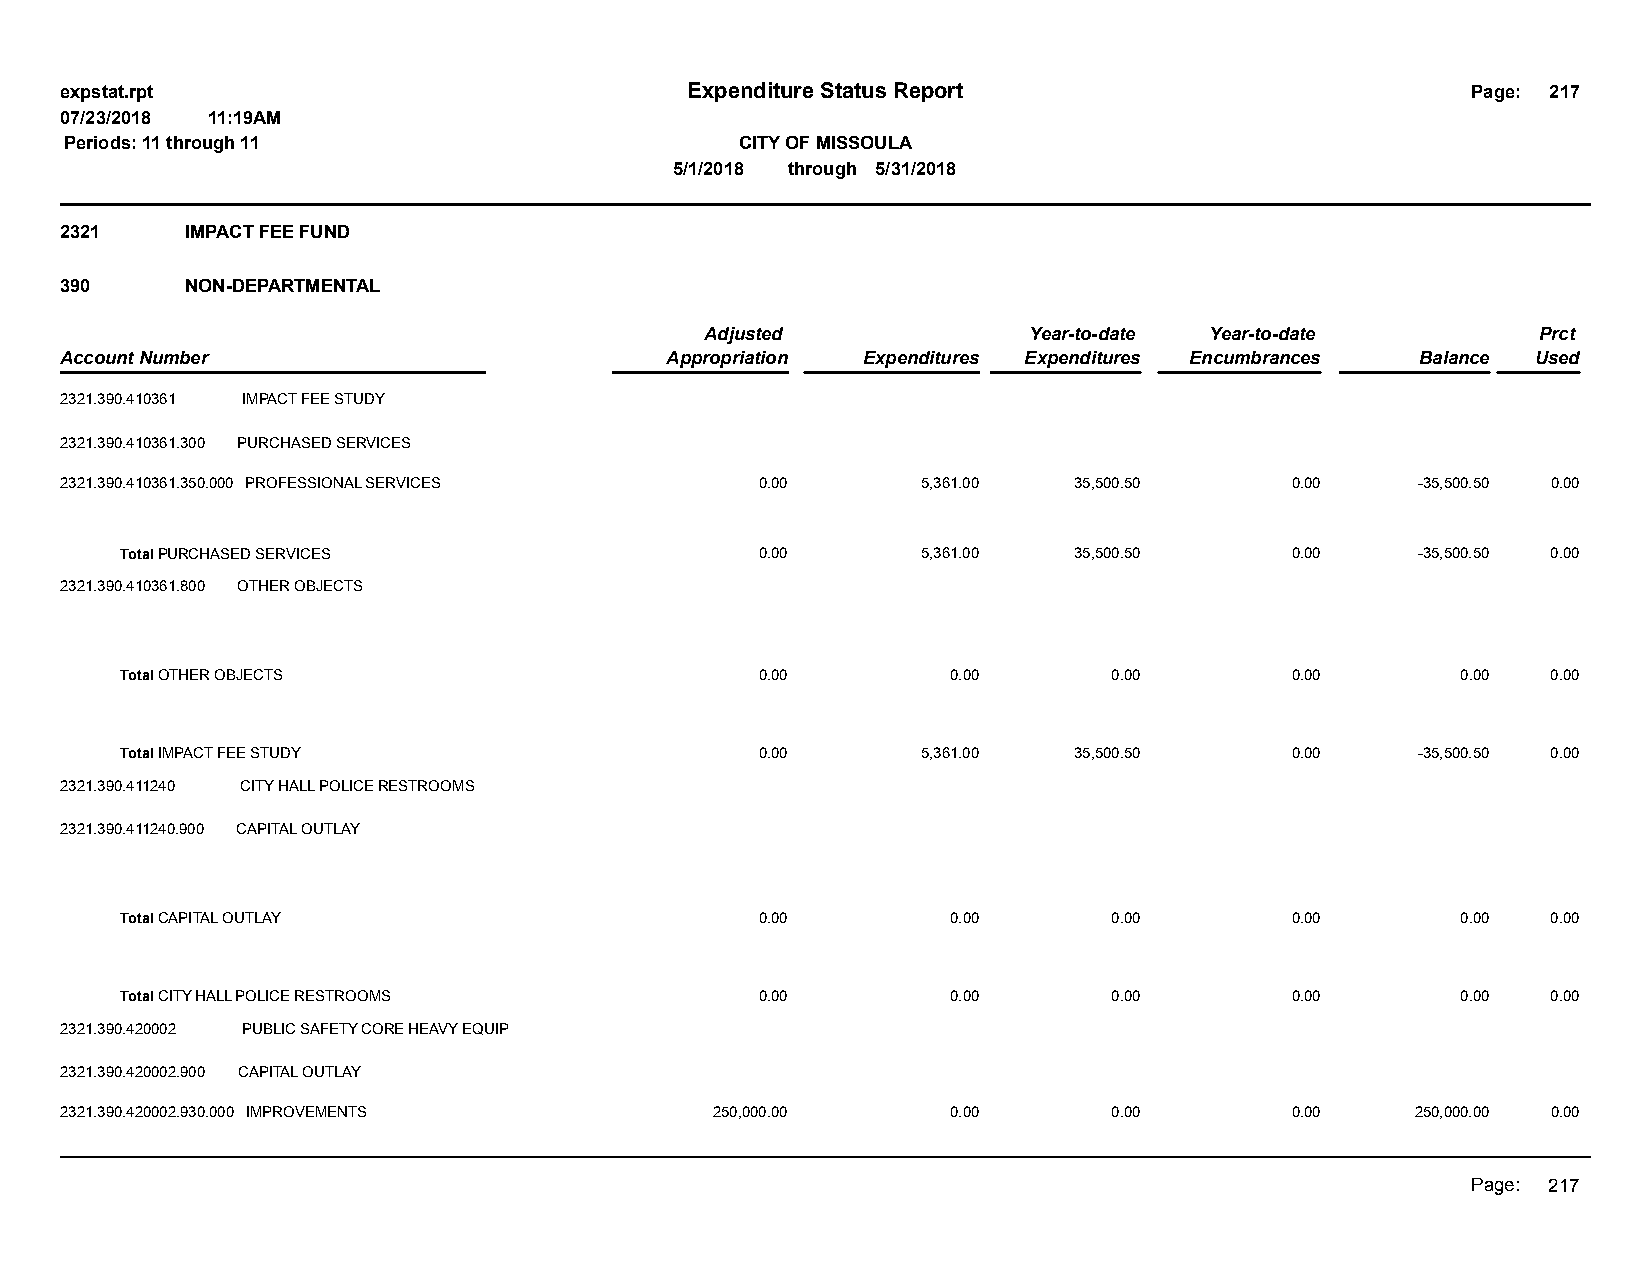
expstat.rpt                              Expenditure Status Report                           Page: 217
 07/23/2018 11:19AM
 Periods: 11 through 11                       CITY OF MISSOULA
 5/1/2018 through 5/31/2018
 2321    IMPACT FEE FUND
 390     NON-DEPARTMENTAL
 Adjusted             Year-to-date Year-to-date         Prct
 Account Number                          Appropriation Expenditures Expenditures Encumbrances Balance Used
 2321.390.410361 IMPACT FEE STUDY
 2321.390.410361.300 PURCHASED SERVICES
 2321.390.410361.350.000 PROFESSIONAL SERVICES 0.00       5,361.00  35,500.50     0.00     -35,500.50 0.00
 Total PURCHASED SERVICES                  0.00       5,361.00  35,500.50     0.00     -35,500.50 0.00
 2321.390.410361.800 OTHER OBJECTS
 Total OTHER OBJECTS                       0.00         0.00       0.00       0.00        0.00  0.00
 Total IMPACT FEE STUDY                    0.00       5,361.00  35,500.50     0.00     -35,500.50 0.00
 2321.390.411240 CITY HALL POLICE RESTROOMS
 2321.390.411240.900 CAPITAL OUTLAY
 Total CAPITAL OUTLAY                      0.00         0.00       0.00       0.00        0.00  0.00
 Total CITY HALL POLICE RESTROOMS          0.00         0.00       0.00       0.00        0.00  0.00
 2321.390.420002 PUBLIC SAFETY CORE HEAVY EQUIP
 2321.390.420002.900 CAPITAL OUTLAY
 2321.390.420002.930.000 IMPROVEMENTS       250,000.00      0.00       0.00       0.00     250,000.00 0.00
 Page: 217